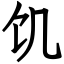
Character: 饥